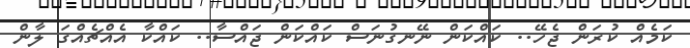
ކަމެއް ކުރަން ޖެހޭ.. ކައްކަން ނޭނގުނަސް ކައްކަން ޖައްސާ.. ކައްކާ އެއްޗެއްގަ ލާން